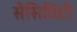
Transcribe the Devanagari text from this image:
सेंसिविटी